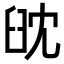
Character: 𦥟